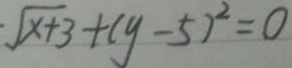
\sqrt { x + 3 } + ( y - 5 ) ^ { 2 } = 0